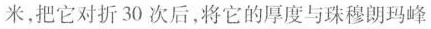
米，把它对折30次后，将它的厚度与珠穆朗玛峰